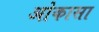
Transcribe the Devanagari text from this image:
ओकासा